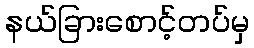
နယ်ခြားစောင့်တပ်မှ